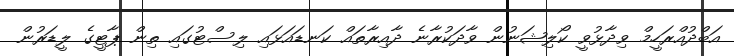
އަބްދުއްރަހީމް ވިދާޅުވީ ކޯލިޝަނުން ވާދަކުރާނެ ދާއިރާތައް ކަނޑައަޅައި ލިސްޓުގައި ތިން ޕާޓީގެ ލީޑަރުން